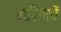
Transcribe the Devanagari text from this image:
ताज़िकों